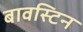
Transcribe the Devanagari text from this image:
बावस्टिन